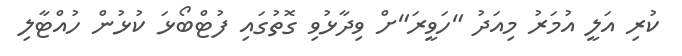
ކުރި އަލީ އުމަރު މިއަދު "ހަވީރަ"ށް ވިދާޅުވި ގޮތުގައި ފުޓްބޯޅަ ކުޅުން ހުއްޓާލި